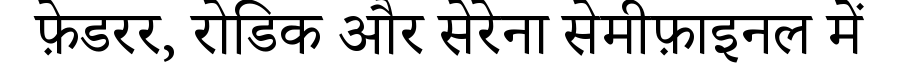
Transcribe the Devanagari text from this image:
फ़ेडरर, रोडिक और सेरेना सेमीफ़ाइनल में